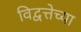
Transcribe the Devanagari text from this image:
विद्वत्तेच्या